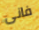
فانى